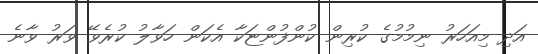
އަދި މިއަހަރު ނިމުމުގެ ކުރިން ކުންފުންޏަކާ އެކަން ހަވާލު ކުރެވޭ ވަރު ވާނެ